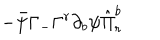
- \bar { \psi } \Gamma _ { - } \Gamma ^ { r } \partial _ { b } \psi \hat { \Pi } _ { r } ^ { b }